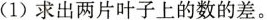
(1)求出两片叶子上的数的差。